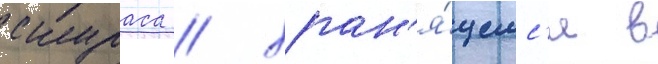
скураса / хран'я́щемс'я в